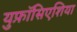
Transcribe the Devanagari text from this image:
युफ़ॉसिएशिया